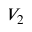
V _ { 2 }